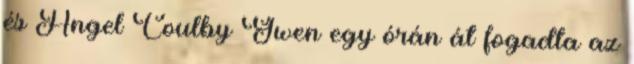
és Angel Coulby Gwen egy órán át fogadta az